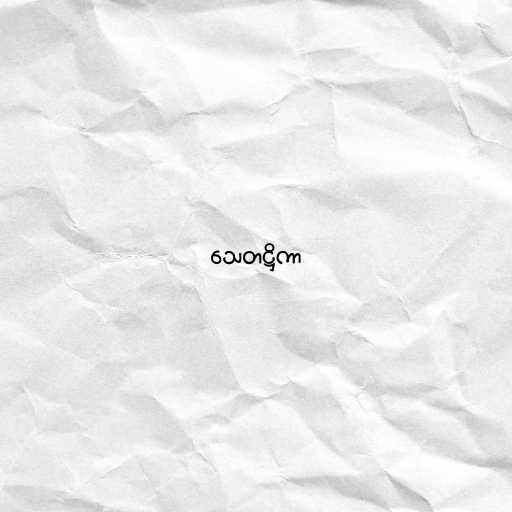
သေတဋ္ဌိကာ